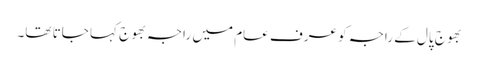
بھوج پال کے راجہ کو عرف عام میں راجہ بھوج کہا جاتا تھا۔